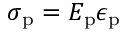
\sigma _ { \mathrm { p } } = E _ { \mathrm { p } } \epsilon _ { \mathrm { p } }